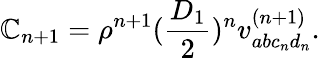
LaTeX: \mathbb{C}_{n+1}=\rho^{n+1}(\frac{{D_{1}}}{{2}})^{n}v_{abc_{n}d_{n}}^{(n+1)}.